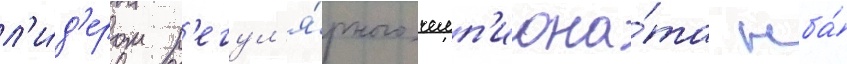
л'и́д'ером р'егул'я́рного чемп'иона́та нба́